Report on the working of the mental hospitals for Indians in Bihar and Orissa - 1925-1929
Year: 1925
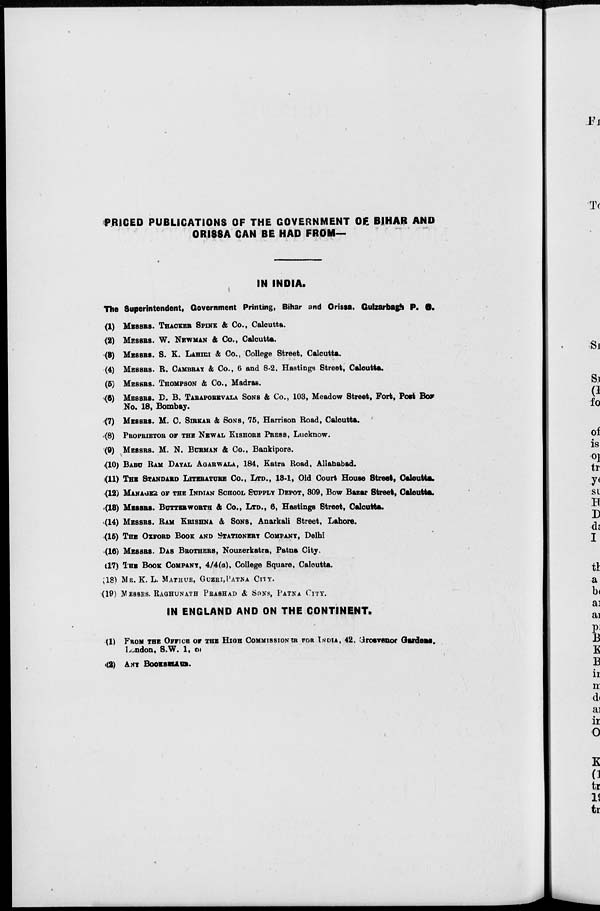
PRICED PUBLICATIONS OF THE GOVERNMENT OF BIHAR AND
ORISSA CAN BE HAD FROM—
IN INDIA.
The Superintendent, Government Printing, Bihar and Orissa, Guizarbagh P. O.
(1) MESSRS. THACKER SPINK & Co., Calcutta.
(2) MESSRS. W. NEWMAN & Co., Calcutta.
(3) MESSRS. S. K. LAHIRI & Co., College Street, Calcutta.
(4) MESSRS. R. CAMBRAY & Co., 6 and 8-2, Hastings Street, Calcutta.
(5) MESSRS. THOMPSON & Co., Madras.
(6) MESSRS. D. B. TARAPOREVALA SONS & Co., 103, Meadow Street, Fort, Post Box
No. 18, Bombay.
(7) MESSRS. M. C. SIRKAR & SONS, 75, Harrison Road, Calcutta.
(8) PROPRIETOR OF THE NEWAL KISHORE PRESS, Lucknow.
(9) MESSRS. M. N. BURMAN & Co., Bankipore.
(10) BABU RAM DAYAL AGARWALA, 184, Katra Road, Allahabad.
(11) THE STANDARD LITERATURE Co., LTD., 18-1, Old Court House Street, Calcutta.
(12) MANAGER OF THE INDIAN SCHOOL SUPPLY DEPOT, 309, Bow Bazar Street, Calcutta.
(13) MESSRS. BUTTERWORTH & Co., LTD., 6, Hastings Street, Calcutta.
(14) MESSRS. RAM KRISHNA & SONS, Anarkali Street, Lahore.
(15) THE OXFORD BOOK AND STATIONERY COMPANY, Delhi
(16) MESSRS. DAS BROTHERS, Nouzerkatra, Patna City.
(17) THE BOOK COMPANY, 4/4(a), College Square, Calcutta.
(18) MR. K. L. MATHUR, GUZRI, PATNA CITY.
(19) MESSRS. RAGHUNATH PRASHAD & SONS, PATNA CITY.
IN ENGLAND AND ON THE CONTINENT.
(1) FROM THE OFFICE OF THE HIGH COMMISSIONER FOR INDIA, 42. Grosvenor Gardens.
London, S.W. 1, or
(2) ANY BOOKSELLER.